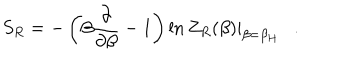
LaTeX: S _ { R } = - \left( \beta { \frac { \partial } { \partial \beta } } - 1 \right) \ln Z _ { R } ( \beta ) | _ { \beta = \beta _ { H } } .